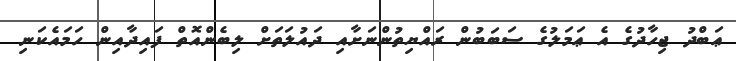
ޢަބްދު ޖިހާދުގެ އެ ޢަމަލުގެ ސަބަބުން ރައްޔިތުންނަށާއި ދައުލަތަށް ލިބެންއޮތް ފައިދާއިން ހަމައެކަނި